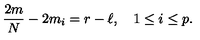
{ \frac { 2 m } { N } } - 2 m _ { i } = r - \ell , \quad 1 \leq i \leq p .